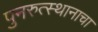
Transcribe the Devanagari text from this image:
पुनरुत्स्थानाचा